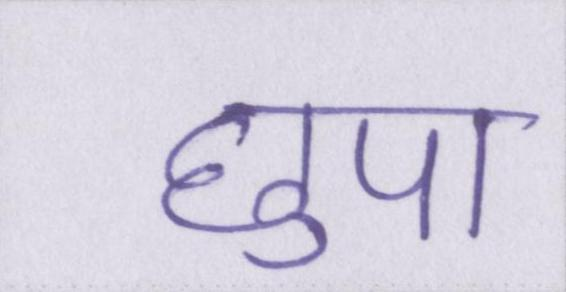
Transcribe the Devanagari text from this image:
छुपा